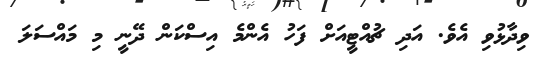
ވިދާޅުވި އެވެ. އަދި ޗުއްޓީއަށް ފަހު އެންމެ އިސްކަން ދޭނީ މި މައްސަލަ